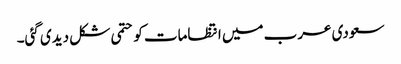
سعودی عرب میں انتظامات کو حتمی شکل دیدی گئی۔